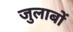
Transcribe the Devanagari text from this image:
जुलाबों